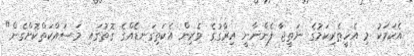
އެކަމަކު މި އެހީތެރިކަމުގެ ނަތީޖާ ފެންނާނީ އިރާގުގެ ވެރިން އެކަތިގަނޑެއްގެ ގޮތުގައި މަސައްކަތްކޮށްގެން"